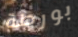
بورطة